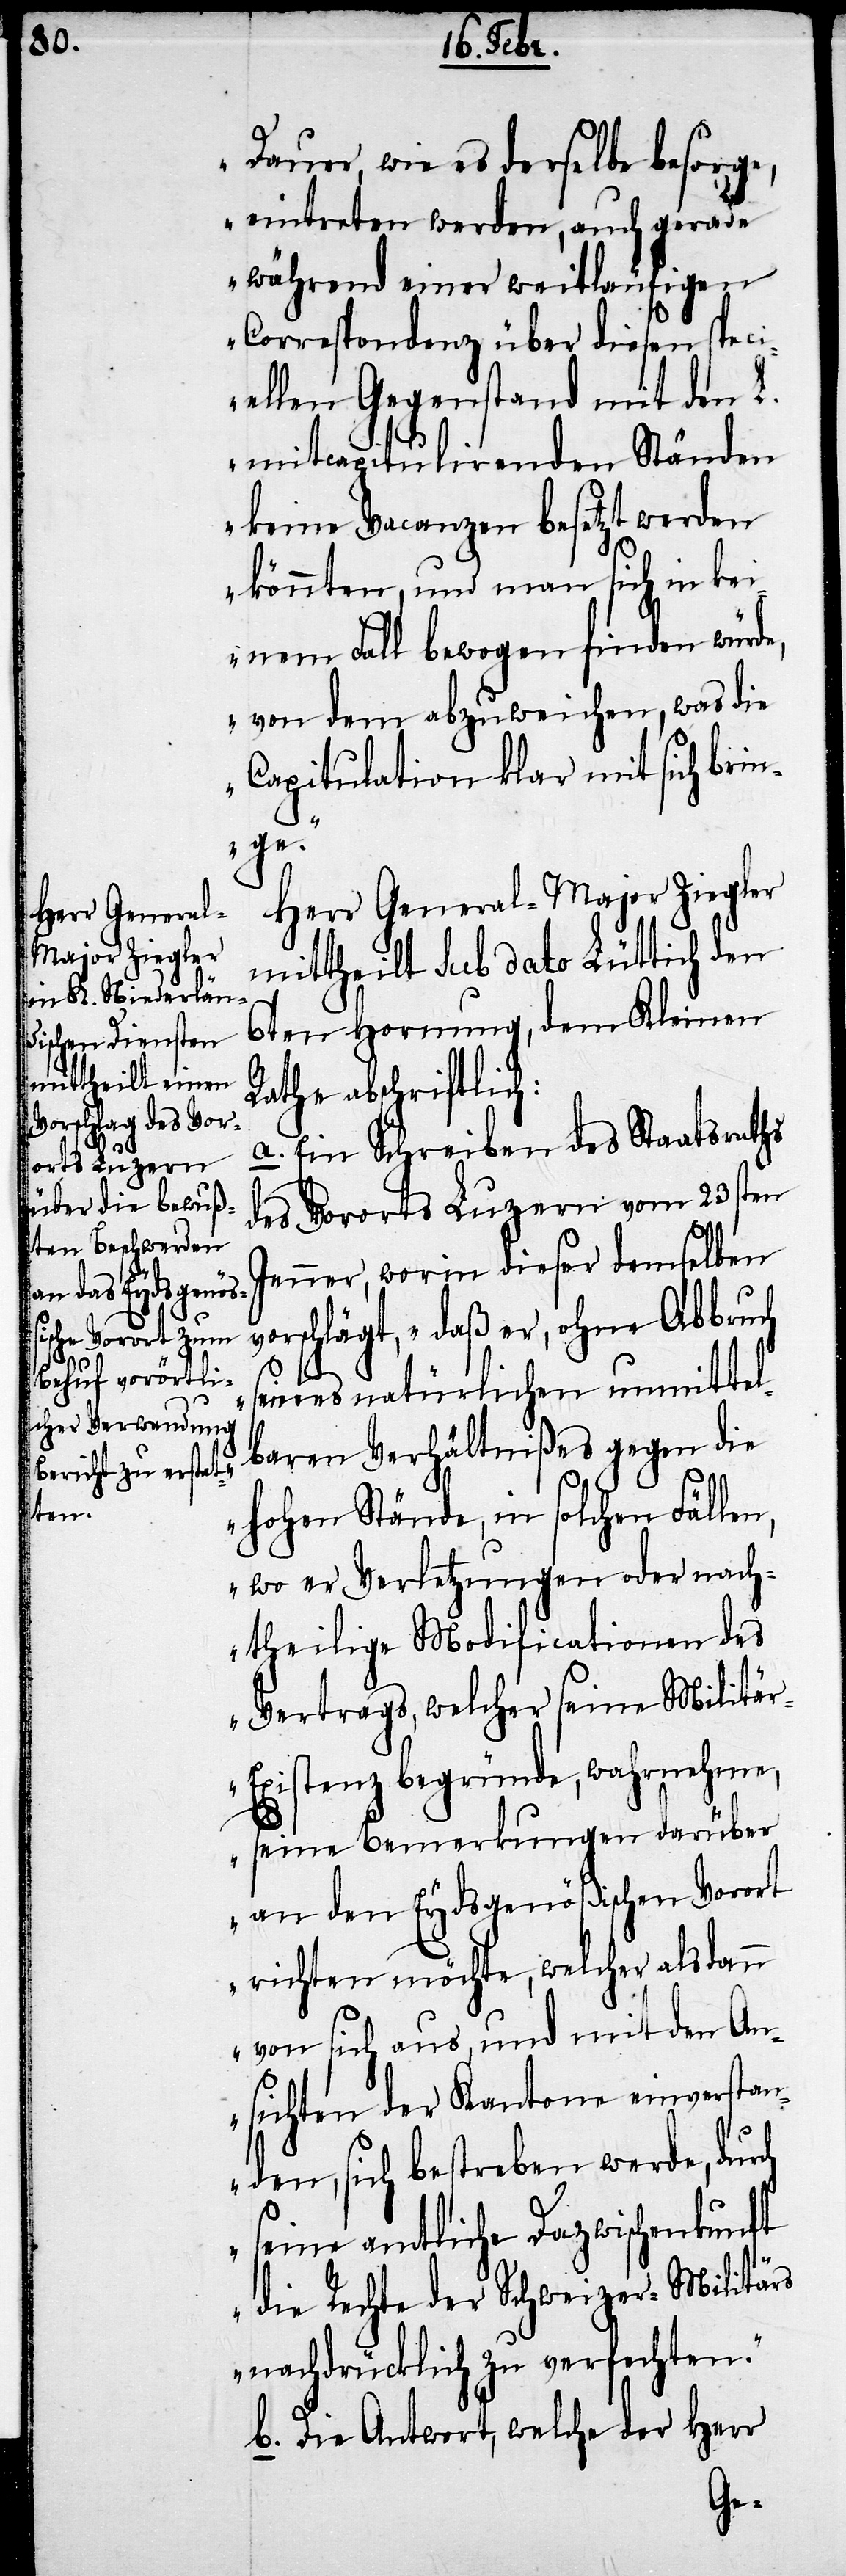
Dauer, wie es derselbe besorge,
eintreten werden, auch gerade
während einer weitläufigen
Correspondenz über diesen speci¬
ellen Gegenstand mit den L.
mitcapitulirenden Ständen
keine Vacanzen besetzt werden
könnten, und man sich in kei¬
nem Fall bewogen finden würde,
von dem abzuweichen, was die
Capitulation klar mit sich brin¬
ge.“
Herr General-Major Ziegler
mittheilt sub dato Lüttich den
6ten Hornung, dem Kleinen
Rathe abschriftich:
a. Ein Schreiben des Staatsraths
des Vororts Luzern vom 23sten
Jenner, worin dieser demselben
vorschlägt, „daß er, ohne Abbruch
seines natürlichen unmittel¬
baren Verhältnißes gegen die
hohen Stände, in solchen Fällen,
wo er Verletzungen oder nach¬
theilige Modificationen des
Vertrags, welcher seine Militä¬
r-Existenz begründe, wahrnehme,
seine Bemerkungen darüber
an den Eydsgenößischen Vorort
richten möchte, welcher alsdann
von sich aus, und mit den An¬
sichten der Kantone einverstan¬
den, sich bestreben werde, durch
seine amtliche Dazwischenkunft
die Rechte der Schweizer-Militärs
nachdrücklich zu verfechten.“
b. Die Antwort, welche der Herr